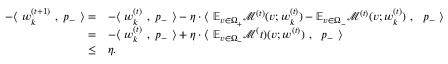
\begin{array} { r l } { - \langle ~ { \boldsymbol w } _ { k } ^ { ( t + 1 ) } ~ , ~ { \boldsymbol p } _ { - } ~ \rangle = } & { - \langle ~ { \boldsymbol w } _ { k } ^ { ( t ) } ~ , ~ { \boldsymbol p } _ { - } ~ \rangle - \eta \cdot \langle ~ \mathbb { E } _ { v \in \Omega _ { + } } \mathcal { M } ^ { ( t ) } ( v ; { \boldsymbol w } _ { k } ^ { ( t ) } ) - \mathbb { E } _ { v \in \Omega _ { - } } \mathcal { M } ^ { ( t ) } ( v ; { \boldsymbol w } _ { k } ^ { ( t ) } ) ~ , ~ ~ { \boldsymbol p } _ { - } ~ \rangle } \\ { = } & { - \langle ~ { \boldsymbol w } _ { k } ^ { ( t ) } ~ , ~ { \boldsymbol p } _ { - } ~ \rangle + \eta \cdot \langle ~ \mathbb { E } _ { v \in \Omega _ { - } } \mathcal { M } ^ ( t ) ( v ; { \boldsymbol w } ^ { ( t ) } ) ~ , ~ ~ { \boldsymbol p } _ { - } ~ \rangle } \\ { \le } & { \eta . } \end{array}